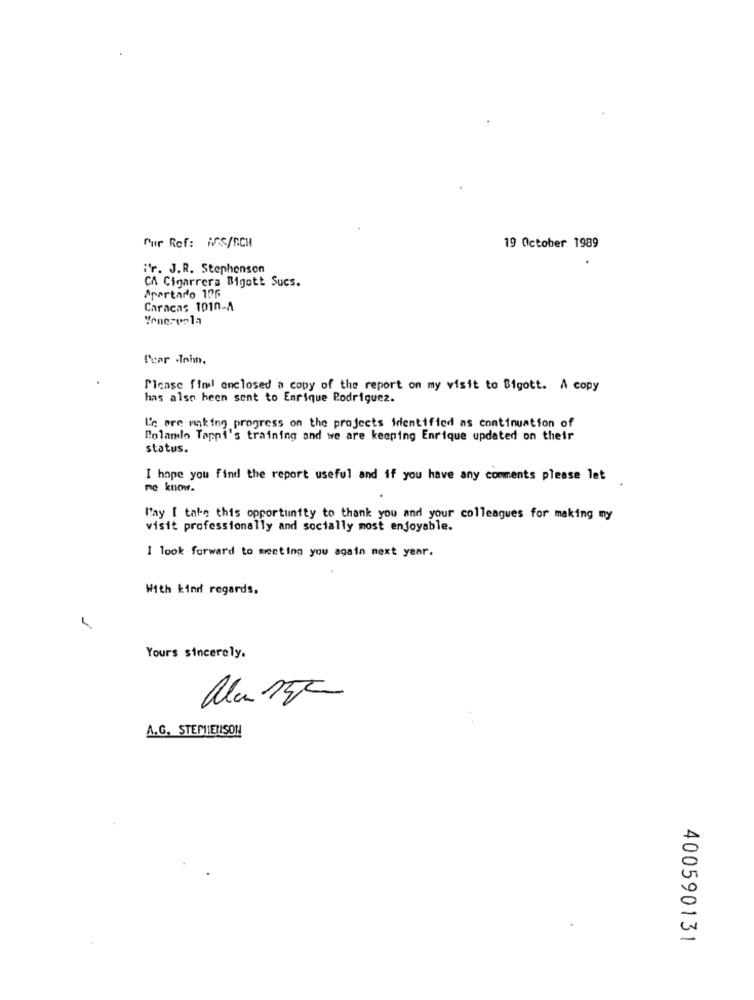
Pur Ref: #S/NCH
19 October 1989
.
ir. J.R. Stephenson
CA Cigarrera Bigott Sucs.
Apartado 106
Caracas 1010-A
Venezuela
Pear -Inhn,
Please fim! enclosed a copy of the report on my visit to Bigott. A copy
has also been sent to Enrique Podriguez.
L'e are making progress on the projects identified as continuation of
Polamlo Tappi's training and we are keeping Enrique updated on their
status.
I hope you find the report useful and if you have any comments please let
me know.
l'ay I take this opportunity to thank you and your colleagues for making my
visit professionally and socially most enjoyable.
I look forward to meeting you again next year.
With kind regards,
Yours sincerely.
A.G. STEMIENISON
400590131